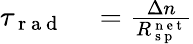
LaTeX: \begin{array}{rl}{\tau_{\mathrm{~r~a~d~}}}&{{}=\frac{\Delta n}{R_{\mathrm{~s~p~}}^{\mathrm{~n~e~t~}}}}\end{array}